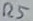
Text: R5